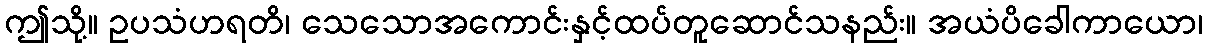
ဤသို့။ ဥပသံဟရတိ၊ သေသောအကောင်းနှင့်ထပ်တူဆောင်သနည်း။ အယံပိခေါကာယော၊